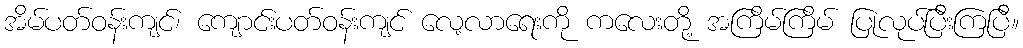
အိမ်ပတ်ဝန်းကျင်၊ ကျောင်းပတ်ဝန်းကျင် လေ့လာရေးကို ကလေးတို့ အကြိမ်ကြိမ် ပြုလုပ်ပြီးကြပြီ။